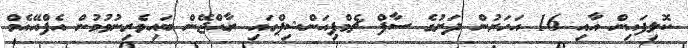
ކޮލިފައިން އާއި 16 އަހަރުން ދަށުގެ ސާފް ޗެމްޕިއަންޝިޕްގައި ރާއްޖޭން ބައިވެރިނުވުމުން އެފްއޭއެމް